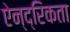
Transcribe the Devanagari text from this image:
ऐन्द्रिकता